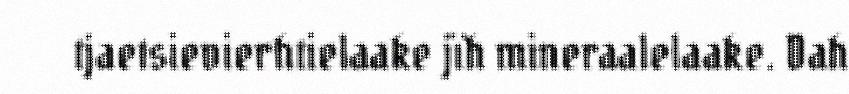
tjaetsievierhtielaake jïh mineraalelaake. Dah